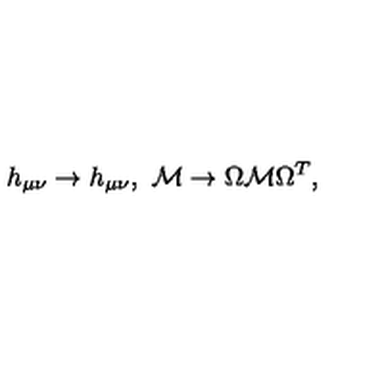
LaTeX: h _ { \mu \nu } \to h _ { \mu \nu } , \ { \cal M } \to \Omega { \cal M } \Omega ^ { T } ,